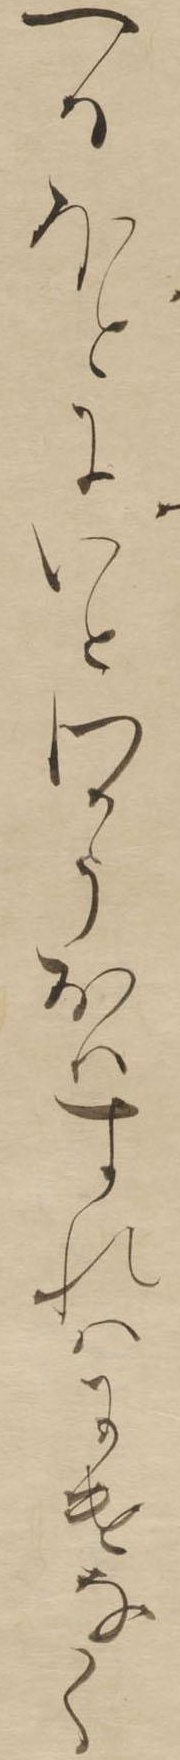
へるほとにいとわかうおはすれはにけなく